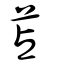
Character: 苫